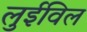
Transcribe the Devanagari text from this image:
लुईविल